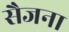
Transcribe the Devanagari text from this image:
सैजना